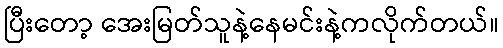
ပြီးတော့ အေးမြတ်သူနဲ့နေမင်းနဲ့ကလိုက်တယ်။